DOW-UAP-D14, Mission Report, Iraq, May 2022
Agency: Department of War
Incident date: 5/29/22
Incident location: Syria
Page 5
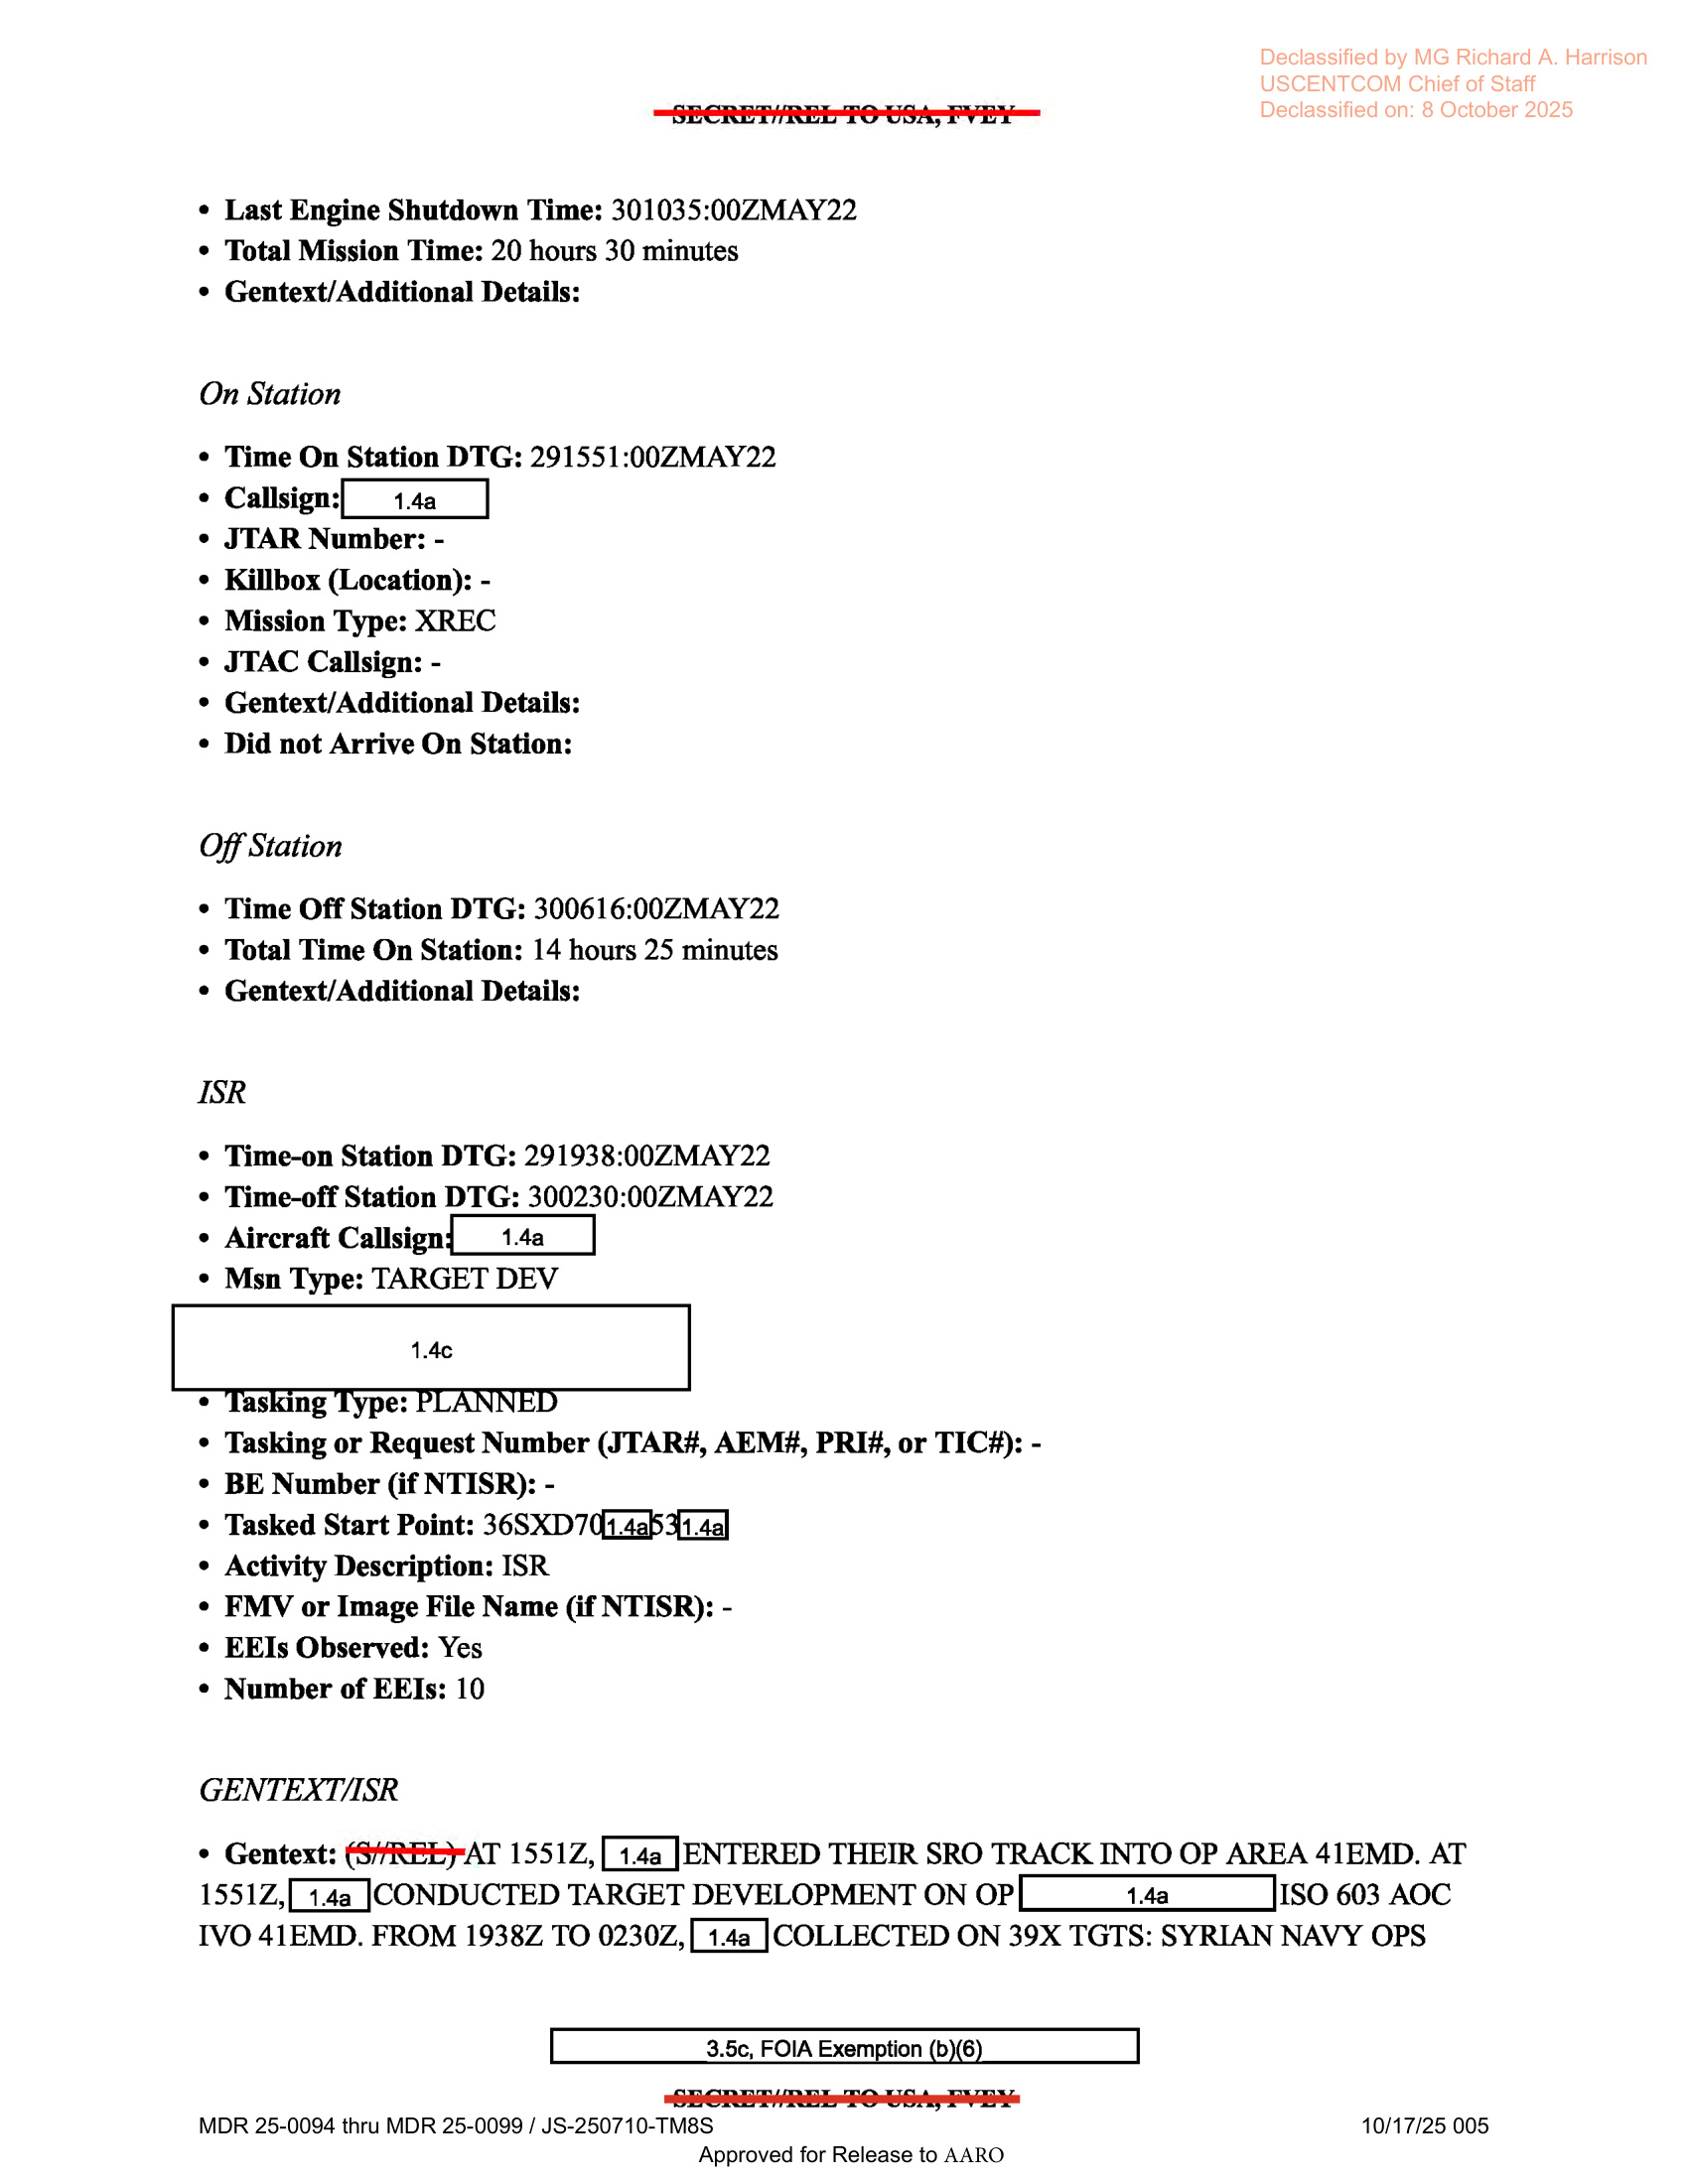